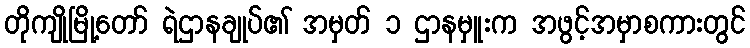
တိုကျိုမြို့တော် ရဲဌာနချုပ်၏ အမှတ် ၁ ဌာနမှူးက အဖွင့်အမှာစကားတွင်